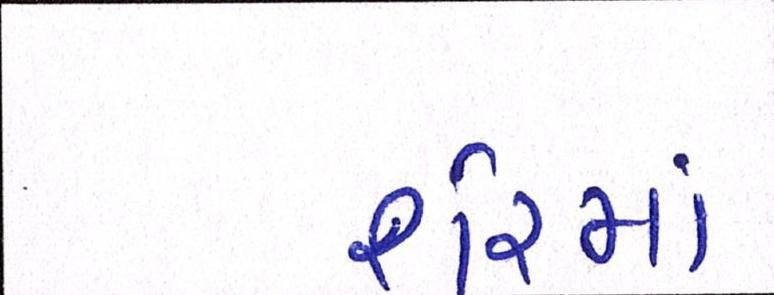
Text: શેરમાં